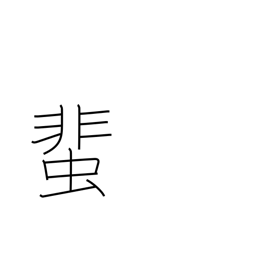
Meaning: cockroach